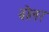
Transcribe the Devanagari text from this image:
बोलर